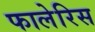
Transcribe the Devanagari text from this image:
फालेरिस